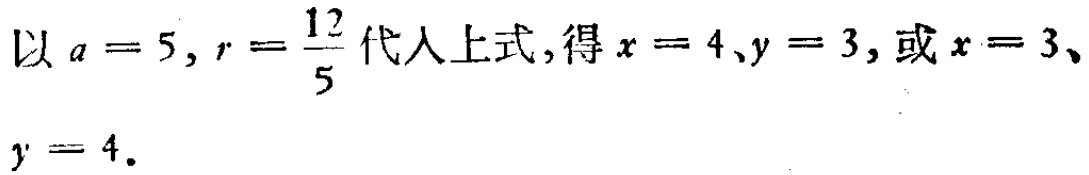
以 \(a = 5, r = \frac{12}{5}\) 代入上式,得 \(x = 4,y = 3,\) 或 \(x = 3、\)
\(y = 4.\)